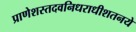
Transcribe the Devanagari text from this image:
प्राणेशस्तदवनिधराधीशतनये